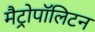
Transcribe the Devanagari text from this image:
मैट्रोपॉलिटन